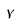
Character: V